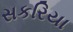
સકરિયા